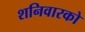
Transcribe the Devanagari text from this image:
शनिवारको